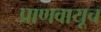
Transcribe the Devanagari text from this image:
प्राणवायूच